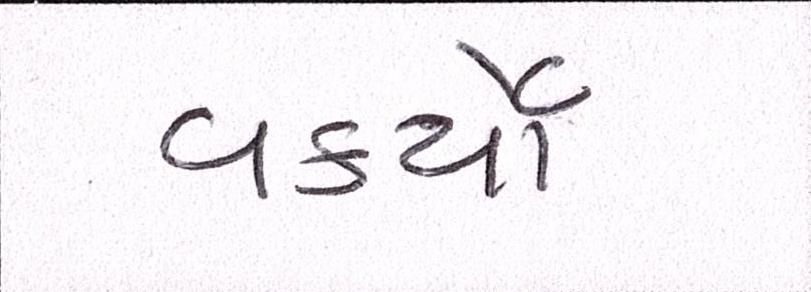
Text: વકર્યો